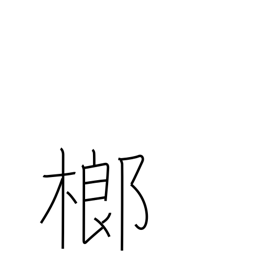
Meaning: betel palm tree